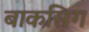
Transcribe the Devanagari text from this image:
बाकसिग